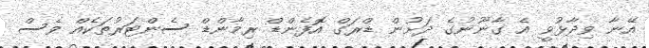
އޭނާ ވިދާޅުވީ އެ ގާނޫނުގެ ދަށުން ޑްރަގް އޮފެންޑް ރިމާންޑް ސެންޓަރުތަކެއް ވެސް